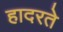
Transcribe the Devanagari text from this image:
हादरते